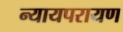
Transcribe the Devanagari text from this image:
न्यायपरायण